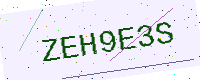
Text: ZEH9E3S